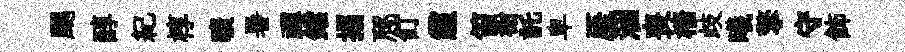
颸醇紀椁曠暑禪鐺搨豗飣霾笛榭託皁厓涸喪檣歧曦擎守飾